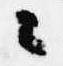
々